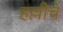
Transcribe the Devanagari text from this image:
हल्लीचें